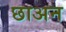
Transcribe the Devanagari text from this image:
छाअन